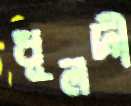
ধূলদী